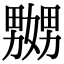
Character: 嬲